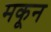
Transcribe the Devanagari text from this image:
मकून